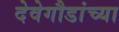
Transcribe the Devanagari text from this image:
देवेगौडांच्या